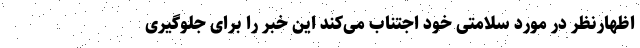
اظهارنظر در مورد سلامتی خود اجتناب می‌کند این خبر را برای جلوگیری